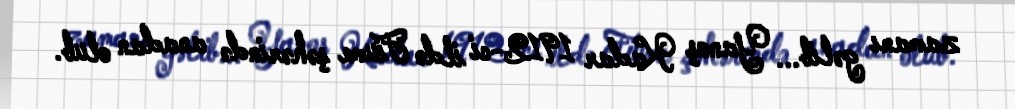
zamanı gəlib... Yanoş Kadar 1912-ci ildə Fiume şəhərində anadan olub.